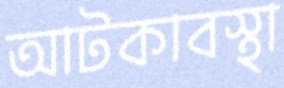
আটকাবস্থা